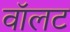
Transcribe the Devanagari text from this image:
वॉलट